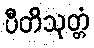
ပီတိသုတ္တံ